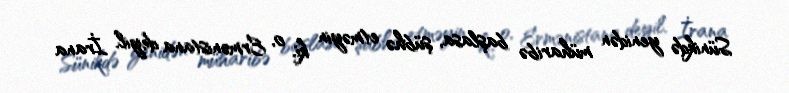
Sünikdə yenidən müharibə başlasa, şübhə etməyin ki, o, Ermənistana deyil, İrana